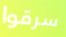
سرقوا